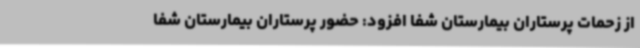
از زحمات پرستاران بیمارستان شفا افزود: حضور پرستاران بیمارستان شفا